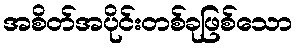
အစိတ်အပိုင်းတစ်ခုဖြစ်သော